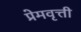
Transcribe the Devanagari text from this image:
प्रेमवृत्ती